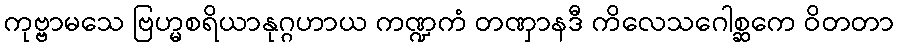
ကုဗ္ဗာမသေ ဗြဟ္မစရိယာနုဂ္ဂဟာယ ကဏ္ဍကံ တဏှာနဒီ ကိလေသဂေါစ္ဆကေ ဝိတတာ